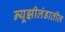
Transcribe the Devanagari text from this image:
न्यूझीलंडातील